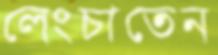
লেংচাতেন